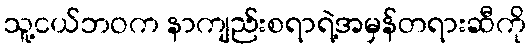
သူ့ငယ်ဘဝက နာကျည်းစရာရဲ့အမှန်တရားဆီကို